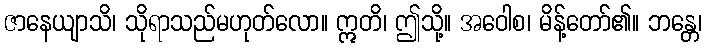
ဇာနေယျာသိ၊ သိုရာသည်မဟုတ်လော။ ဣတိ၊ ဤသို့။ အဝေါစ၊ မိန့်တော်၏။ ဘန္တေ၊